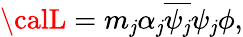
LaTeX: {\calL}=m_{\mathit{j}}\alpha_{\mathit{j}}\overline{{{{\psi_{\mathit{j}}}}}}\psi_{\mathit{j}}\phi,